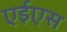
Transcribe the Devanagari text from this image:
एईएस